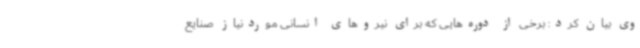
وی بیان کرد: برخی از دوره‌هایی که برای نیروهای انسانی موردنیاز صنایع